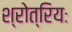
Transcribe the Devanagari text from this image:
श्रोत्रियः